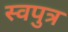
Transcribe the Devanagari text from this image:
स्वपुत्र